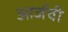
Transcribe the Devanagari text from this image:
आर्जवी